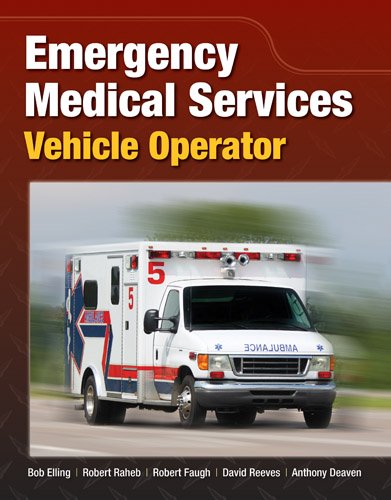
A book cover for Emergency Medical Services Vehicle Operator; Bob Elling; Medical Books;